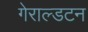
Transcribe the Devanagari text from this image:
गेराल्डटन